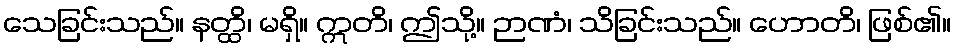
သေခြင်းသည်။ နတ္ထိ၊ မရှိ။ ဣတိ၊ ဤသို့။ ဉာဏံ၊ သိခြင်းသည်။ ဟောတိ၊ ဖြစ်၏။